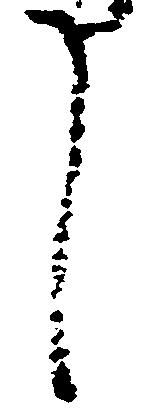
し